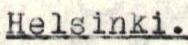
Helsinki.